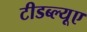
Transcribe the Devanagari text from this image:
टीडब्ल्यूए